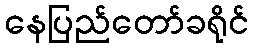
နေပြည်တော်ခရိုင်